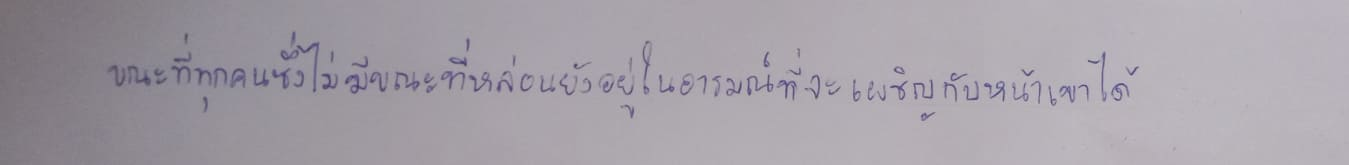
ขณะที่ทุกคนซึ่งไม่มีขณะที่หล่อนยังอยู่ในอารมณ์ที่จะเผชิญกับหน้าเขาได้